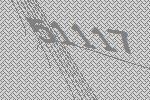
51117